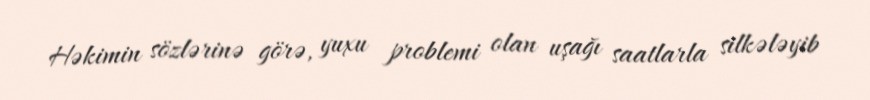
Həkimin sözlərinə görə, yuxu problemi olan uşağı saatlarla silkələyib